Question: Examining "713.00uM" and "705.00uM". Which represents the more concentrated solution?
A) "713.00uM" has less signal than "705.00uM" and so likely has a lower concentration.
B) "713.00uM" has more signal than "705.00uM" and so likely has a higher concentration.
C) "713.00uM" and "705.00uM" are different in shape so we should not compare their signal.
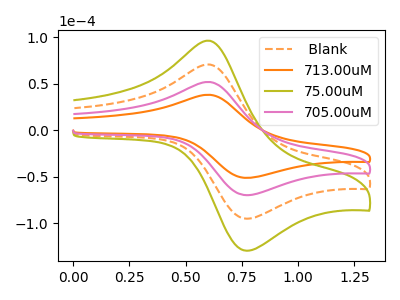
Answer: <think>The orange dashed curve " Blank" has an anodic peak at (0.60V, 103.60uA) and a cathodic peak at (0.75V, -139.65uA). The orange curve "713.00uM" has an anodic peak at (0.60V, 38.05uA) and a cathodic peak at (0.75V, -51.25uA). The olive curve "75.00uM" has an anodic peak at (0.60V, 155.40uA) and a cathodic peak at (0.75V, -209.50uA). The pink curve "705.00uM" has an anodic peak at (0.60V, 51.80uA) and a cathodic peak at (0.75V, -69.85uA).
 All the peaks in "713.00uM" have a peak in "705.00uM" at the same potential. Every peak in "713.00uM" is lower than every peak in "705.00uM".</think>
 <answer>A) "713.00uM" has less signal than "705.00uM" and so likely has a lower concentration.</answer>
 <eval>A</eval>